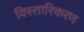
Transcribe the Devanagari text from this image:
विस्तारिकरण